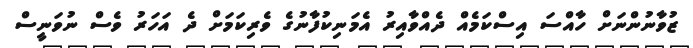
ޒުވާނުންނަށް ހާއްސަ އިސްކަމެއް ދެއްވާއިރު އެމަނިކުފާނުގެ ވެރިކަމަށް ދެ އަހަރު ވެސް ނުވަނީސް